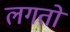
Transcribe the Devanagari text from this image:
लगतो